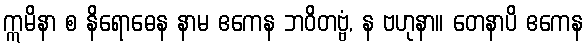
ဣမိနာ စ နိရောဓေန နာမ ဧကေန ဘဝိတဗ္ဗံ, န ဗဟုနာ။ တေနာပိ ဧကေန